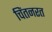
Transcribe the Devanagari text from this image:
चिंतनरत